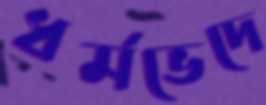
ধর্মভেদে